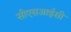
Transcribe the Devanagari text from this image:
सीएसआईसी